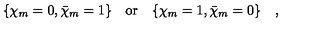
\{ \chi _ { m } = 0 , \bar { \chi } _ { m } = 1 \} \quad { \mathrm { o r } } \quad \{ \chi _ { m } = 1 , \bar { \chi } _ { m } = 0 \} \quad ,